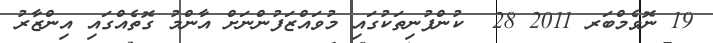
19 ނޮވެމްބަރ 2011 28  ކުންފުނިތަކުގައި މުވައްޒަފުންނަށް އާންމު ގޮތެއްގައި އިންޒާރު